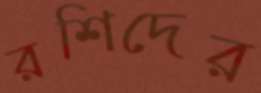
রশিদের